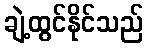
ချဲ့ထွင်နိုင်သည်